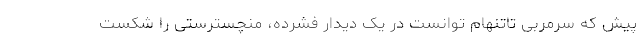
پیش که سرمربی تاتنهام توانست در یک دیدار فشرده، منچسترستی را شکست